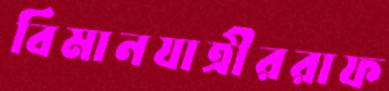
বিমানযাত্রীররাফ